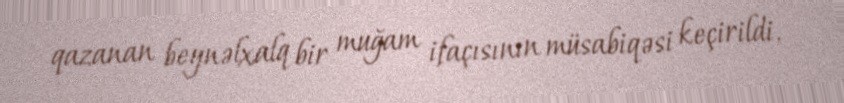
qazanan beynəlxalq bir muğam ifaçısının müsabiqəsi keçirildi.